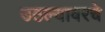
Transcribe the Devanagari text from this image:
उठल्यावरचे